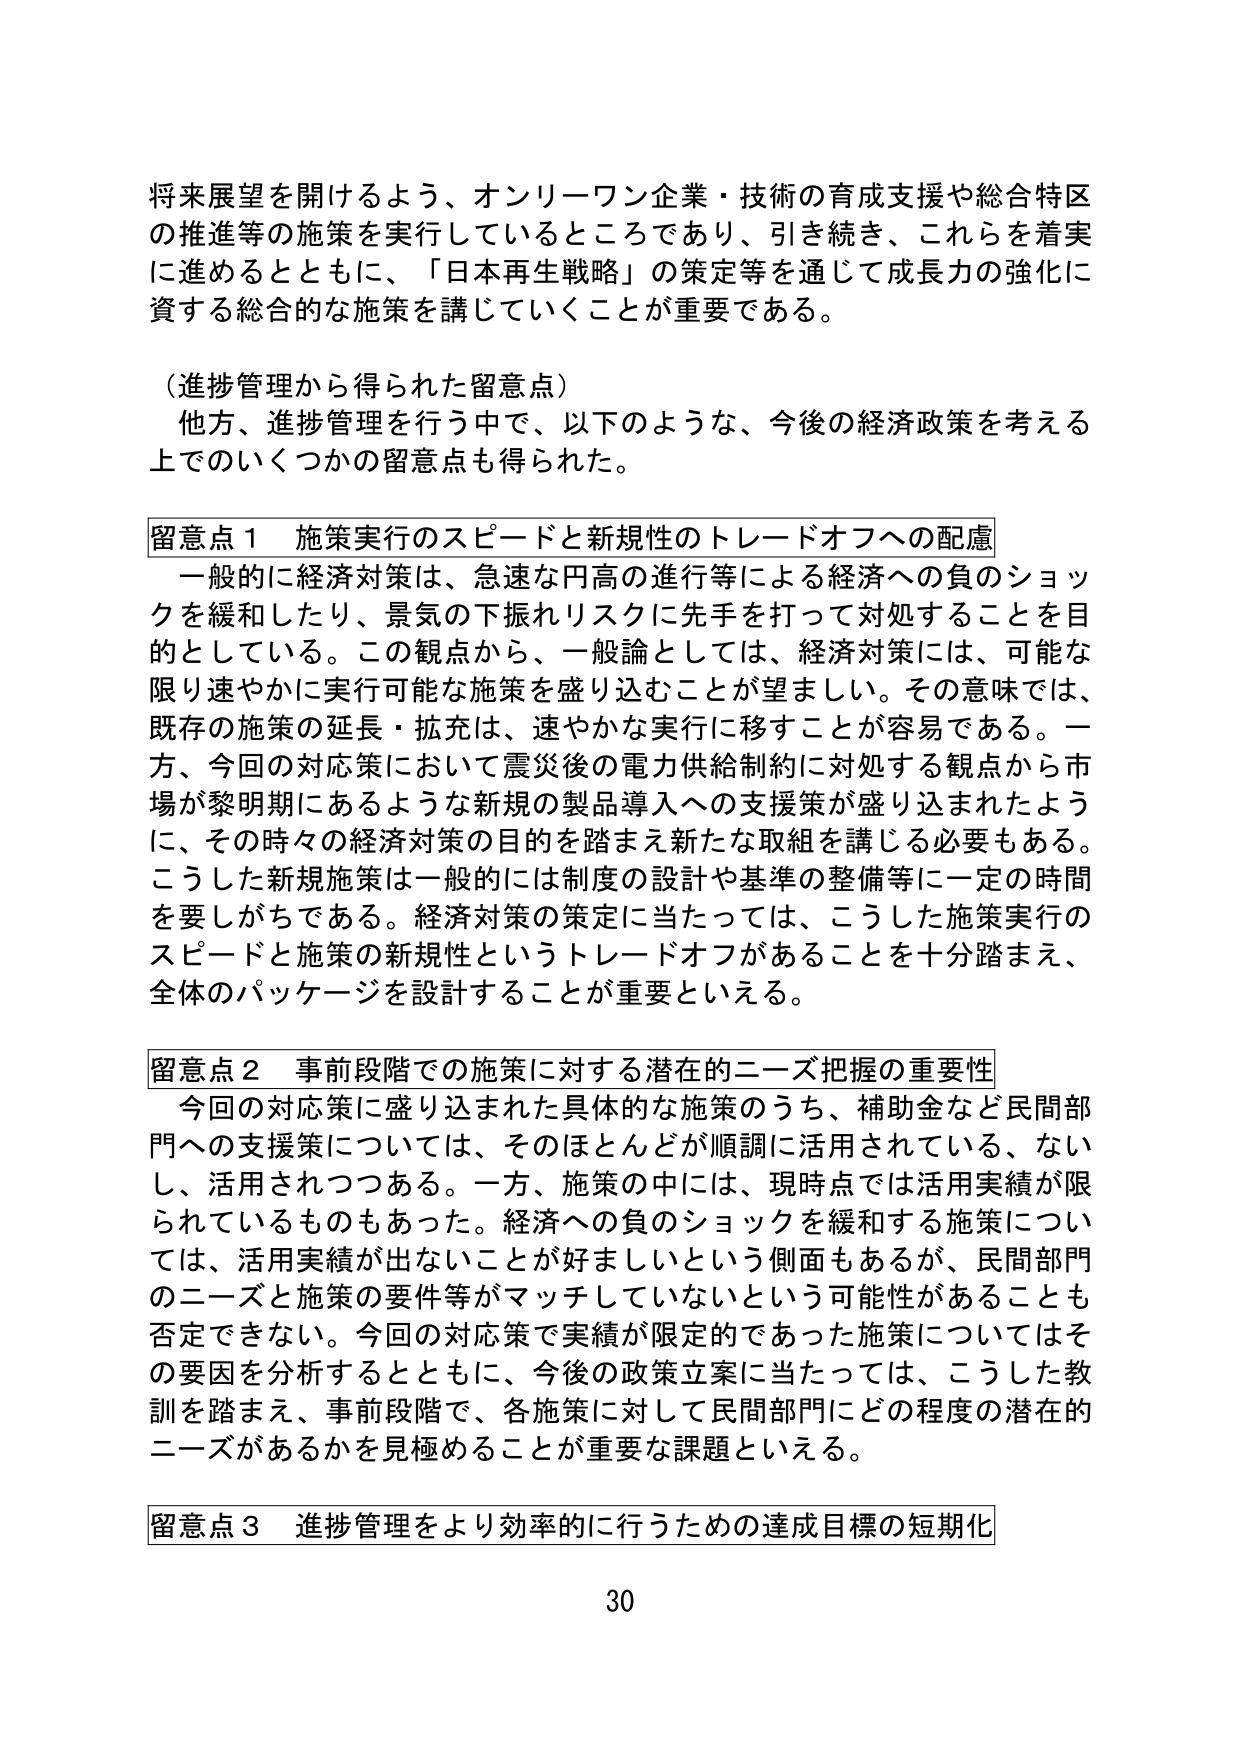
将来展望を開けるよう、オンリーワン企業・技術の育成支援や総合特区の推進等の施策を実行しているところであり、引き続き、これらを着実に進めるとともに、「日本再生戦略」の策定等を通じて成長力の強化に資する総合的な施策を講じていくことが重要である。

（進捗管理から得られた留意点）
他方、進捗管理を行う中で、以下のような、今後の経済政策を考える上でのいくつかの留意点も得られた。

留意点１ 施策実行のスピードと新規性のトレードオフへの配慮
一般的に経済対策は、急速な円高の進行等による経済への負のショックを緩和したり、景気の下振れリスクに先手を打って対処することを目的としている。この観点から、一般論としては、経済対策には、可能な限り速やかに実行可能な施策を盛り込むことが望ましい。その意味では、既存の施策の延長・拡充は、速やかな実行に移すことが容易である。一方、今回の対応策において震災後の電力供給制約に対処する観点から市場が黎明期にあるような新規の製品導入への支援策が盛り込まれたように、その時々の経済対策の目的を踏まえ新たな取組を講じる必要もある。こうした新規施策は一般的には制度の設計や基準の整備等に一定の時間を要しがちである。経済対策の策定に当たっては、こうした施策実行のスピードと施策の新規性というトレードオフがあることを十分踏まえ、全体のパッケージを設計することが重要といえる。

留意点２ 事前段階での施策に対する潜在的ニーズ把握の重要性
今回の対応策に盛り込まれた具体的な施策のうち、補助金など民間部門への支援策については、そのほとんどが順調に活用されている、ないし、活用されつつある。一方、施策の中には、現時点では活用実績が限られているものもあった。経済への負のショックを緩和する施策については、活用実績が出ないことが好ましいという側面もあるが、民間部門のニーズと施策の要件等がマッチしていないという可能性があることも否定できない。今回の対応策で実績が限定的であった施策についてはその要因を分析するとともに、今後の政策立案に当たっては、こうした教訓を踏まえ、事前段階で、各施策に対して民間部門にどの程度の潜在的ニーズがあるかを見極めることが重要な課題といえる。

留意点３ 進捗管理をより効率的に行うための達成目標の短期化

30